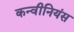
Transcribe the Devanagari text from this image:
कन्वीनियंस